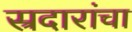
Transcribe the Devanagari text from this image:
स्रदारांचा